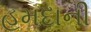
હમદાની